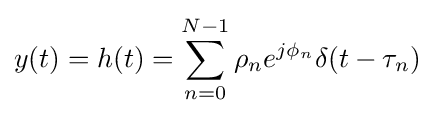
y(t)=h(t)=\sum _{n=0}^{N-1}{\rho _{n}e^{j\phi _{n}}\delta (t-\tau _{n})}